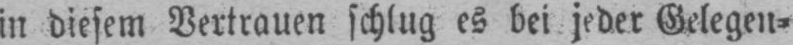
in diesem Vertrauen schlug es bei jeder Gelegen⸗